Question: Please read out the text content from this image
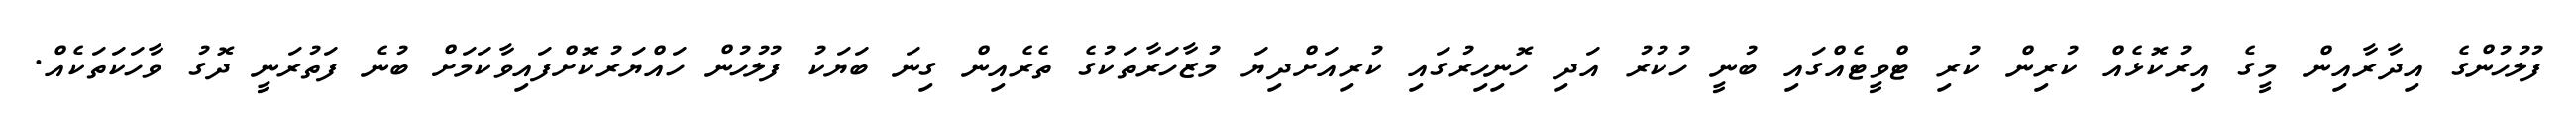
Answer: ފުލުހުންގެ އިދާރާއިން މީގެ އިރުކޮޅެއް ކުރިން ކުރި ޓްވީޓެއްގައި ބުނީ ހުކުރު އަދި ހޮނިހިރުގައި ކުރިއަށްދިޔަ މުޒާހަރާތަކުގެ ތެރެއިން ގިނަ ބަޔަކު ފުލުހުން ހައްޔަރުކޮށްފައިވާކަމަށް ބުނެ ފަތުރަނީ ދޮގު ވާހަކަތަކެއް.